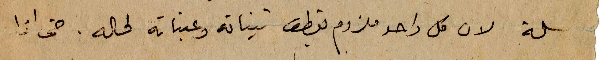
سلة لان كل واحد ملزوم يقطف تيناته وعنباته لحاله. حتى اذا